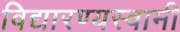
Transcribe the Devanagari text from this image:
विद्यारण्यस्वामी